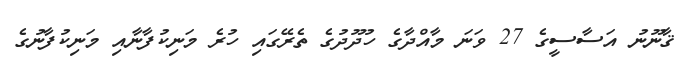
ޤާނޫނު އަސާސީގެ 27 ވަނަ މާއްދާގެ ހުދޫދުގެ ތެރޭގައި ހުރެ މަނިކުފާނާއި މަނިކުފާނުގެ